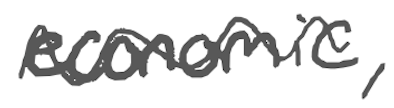
Text: economic,
Cross-out: mix
Writing tool: digital_gray